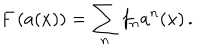
LaTeX: F \left( a ( x ) \right) = \sum _ { n } ^ { } f _ { n } a ^ { n } ( x ) \, .